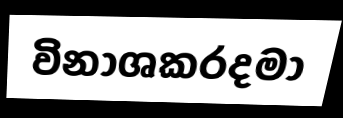
විනාශකරදමා